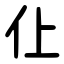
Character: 仩